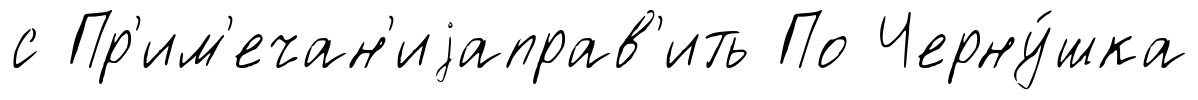
с Пр'им'ечан'иjаправ'ить По Черну́шка